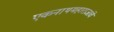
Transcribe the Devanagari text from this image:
एकनाथमहाराजांचे